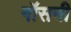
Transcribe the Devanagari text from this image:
गॉसनी